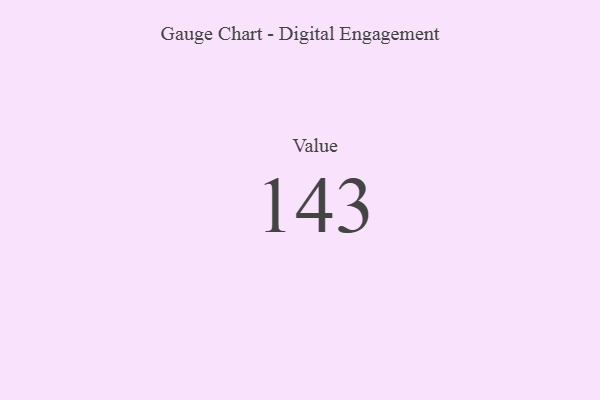
{"axis": {"x": "Metric", "y": "Value"}, "legend": [""], "data": [{"x": "Value", "y": 143, "type": ""}]}